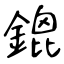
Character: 鎞